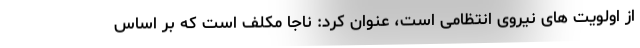
از اولویت های نیروی انتظامی است، عنوان کرد: ناجا مکلف است که بر اساس